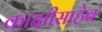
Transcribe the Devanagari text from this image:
काझीसाहेब